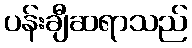
ပန်းချီဆရာသည်